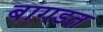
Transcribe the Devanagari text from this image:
बागडत